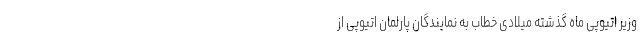
وزیر اتیوپی ماه گذشته میلادی خطاب به نمایندگان پارلمان اتیوپی از